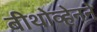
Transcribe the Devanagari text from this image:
बीथोव्हेनने